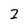
Character: 2